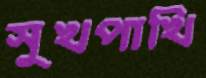
সুখপাখি